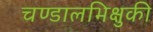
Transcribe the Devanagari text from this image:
चण्डालभिक्षुकी